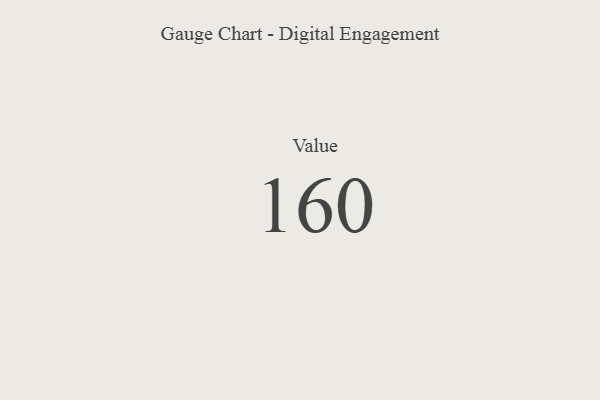
{"axis": {"x": "Metric", "y": "Value"}, "legend": [""], "data": [{"x": "Value", "y": 160, "type": ""}]}